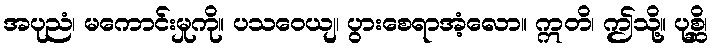
အပုညံ၊ မကောင်းမှုကို။ ပသဝေယျ၊ ပွားစေရာအံ့လော။ ဣတိ၊ ဤသို့။ ပုစ္ဆိ၊